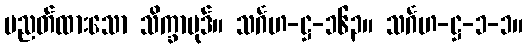
ပညတ်ထားသော သိက္ခာပုဒ်။ သင်္ဂဟ-ဋ္ဌ-၁၆၃။ သင်္ဂဟ-ဋ္ဌ-၁-၁။